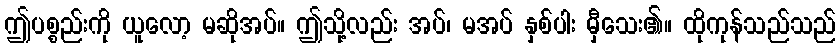
ဤပစ္စည်းကို ယူလော့ မဆိုအပ်။ ဤသို့လည်း အပ်၊ မအပ် နှစ်ပါး မှီသေး၏။ ထိုကုန်သည်သည်